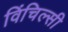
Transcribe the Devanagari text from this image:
विंचिल्सी